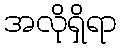
အလိုရှိရာ